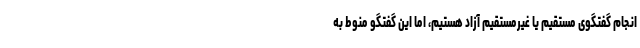
انجام گفتگوی مستقیم یا غیرمستقیم آزاد هستیم، اما این گفتگو منوط به